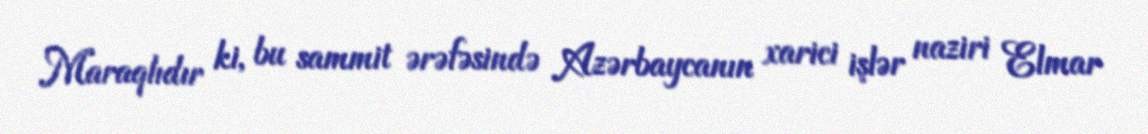
Maraqlıdır ki, bu sammit ərəfəsində Azərbaycanın xarici işlər naziri Elmar